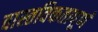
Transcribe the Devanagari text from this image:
वास्तविकतापूर्ण